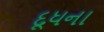
દૂધના